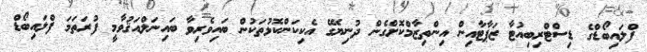
ފްލައިބޯޑްގެ ޑިސްޓްރިބިއުޓާ ޒަޕާޓާއިން އިންތިޒާމްކޮށްގެން ދުނިޔޭގެ އެކިކަންކޮޅުތަކުން ބައިވެރިވާ ބައިނަލްއަޤުވާމީ ފުރަތަމަ ފްލައިބޯޑް